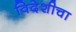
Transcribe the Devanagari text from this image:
विदेशीचा